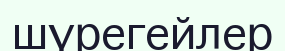
шүрегейлер